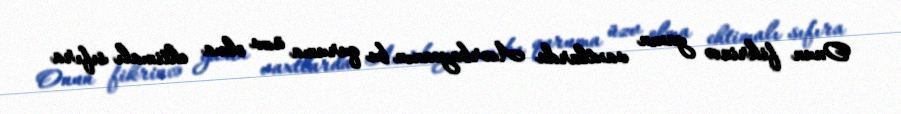
Onun fikrincə yaxın vaxtlarda Azərbaycanın bu quruma üzv olma ehtimalı sıfıra